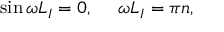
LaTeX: \sin \omega L _ { I } = 0 , ~ ~ ~ ~ \omega L _ { I } = \pi n ,